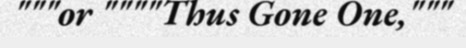
"""or """"Thus Gone One,"""